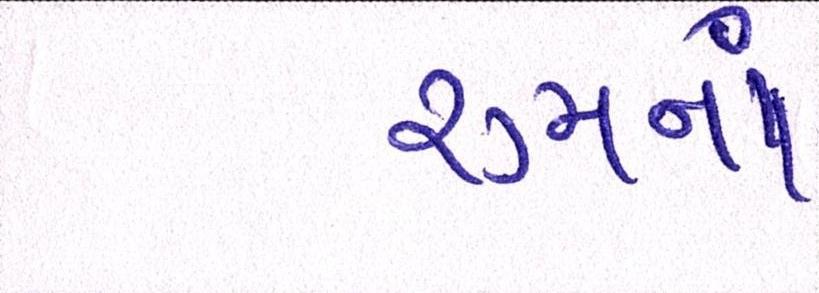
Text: રૂમનાં